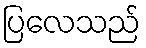
ပြလေသည်